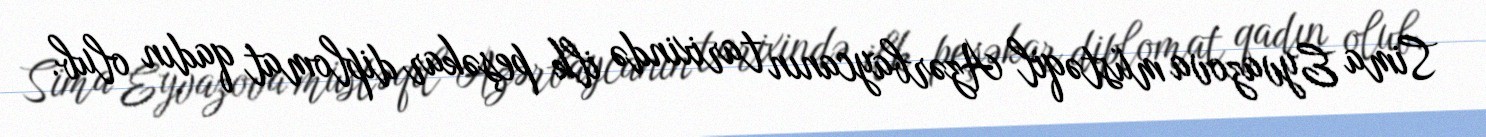
Sima Eyvazova müstəqil Azərbaycanın tarixində ilk peşəkar diplomat qadın olub.